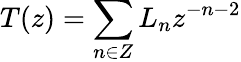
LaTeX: T(z)=\sum_{n\in Z}L_{n}z^{-n-2}